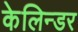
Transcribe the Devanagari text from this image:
केलिन्डर